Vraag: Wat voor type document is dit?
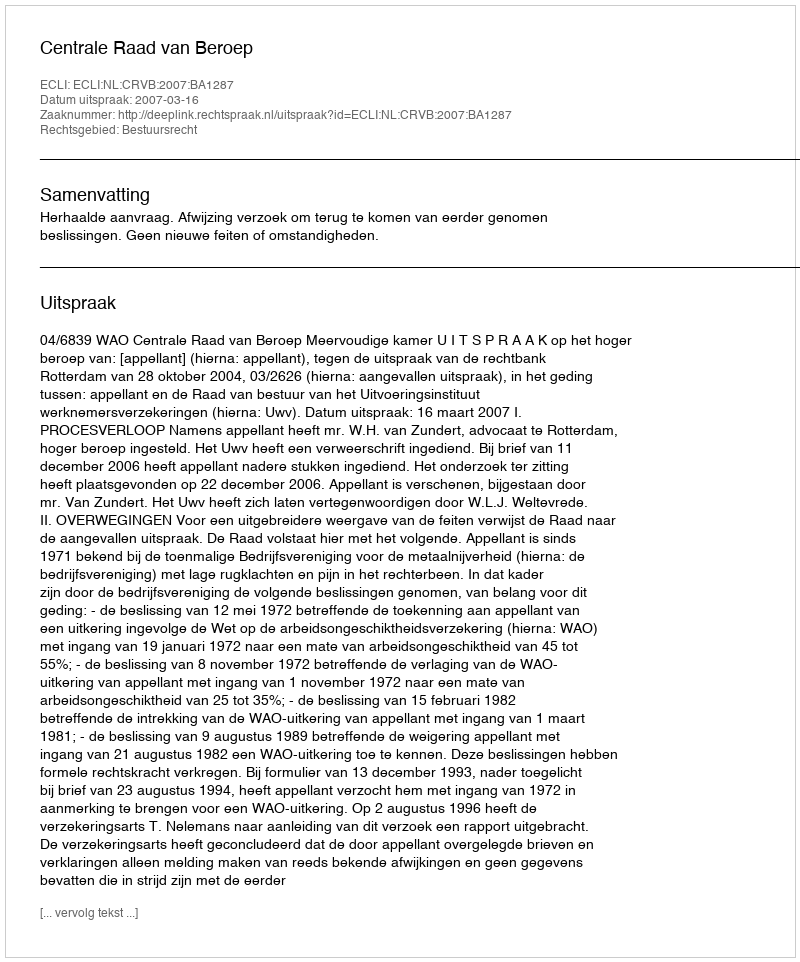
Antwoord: Uitspraak